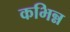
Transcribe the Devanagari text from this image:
कभिन्न